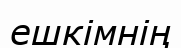
ешкімнің